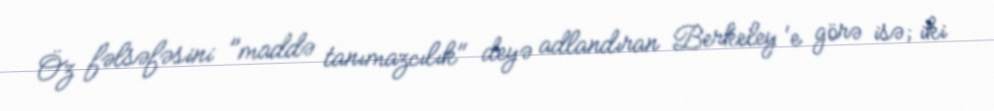
Öz fəlsəfəsini "maddə tanımazcılık" deyə adlandıran Berkeley 'e görə isə; iki